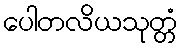
ပေါတလိယသုတ္တံ